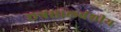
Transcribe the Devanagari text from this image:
छत्रसालवंशीय